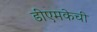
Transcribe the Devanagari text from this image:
डीएमकेची